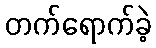
တက်ရောက်ခဲ့